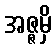
အဇ္ဇမှိ